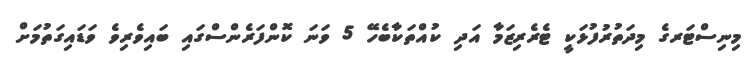
މިނިސްޓަރގެ މިދަތުރުފުޅަކީ ޓެރެރިޒަމާ އަދި ކުއްތަކާބެހޭ 5 ވަނަ ކޮންފަރެންސްގައި ބައިވެރިވެ ވަޑައިގަތުމަށް